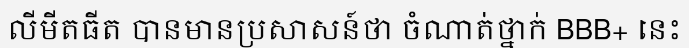
លីមីតធីត បានមានប្រសាសន៍ថា ចំណាត់ថ្នាក់ BBB+ នេះ